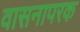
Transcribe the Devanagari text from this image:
वासनापरक